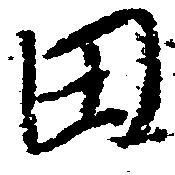
田